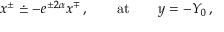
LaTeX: x ^ { \pm } \doteq - e ^ { \pm 2 \alpha } x ^ { \mp } \, , \qquad \mathrm { a t } \qquad y = - Y _ { 0 } \, ,